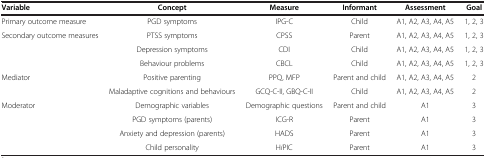
| Variable | Concept | Measure | Informant | Assessment | Goal |
 | --- | --- | --- | --- | --- | --- |
 | Primary outcome measure | PGD symptoms | IPG-C | Child | A1, A2, A3, A4, A5 | 1, 2, 3 |
 | Secondary outcome measures | PTSS symptoms | CPSS | Parent | A1, A2, A3, A4, A5 | 1, 2, 3 |
 |  | Depression symptoms | CDI | Child | A1, A2, A3, A4, A5 | 1, 2, 3 |
 |  | Behaviour problems | CBCL | Child | A1, A2, A3, A4, A5 | 1, 2, 3 |
 | Mediator | Positive parenting | PPQ, MFP | Parent and child | A1, A2, A3, A4, A5 | 2 |
 |  | Maladaptive cognitions and behaviours | GCQ-C-II, GBQ-C-II | Child | A1, A2, A3, A4, A5 | 2 |
 | Moderator | Demographic variables | Demographic questions | Parent and child | A1 | 3 |
 |  | PGD symptoms (parents) | ICG-R | Parent | A1 | 3 |
 |  | Anxiety and depression (parents) | HADS | Parent | A1 | 3 |
 |  | Child personality | HiPIC | Parent | A1 | 3 |